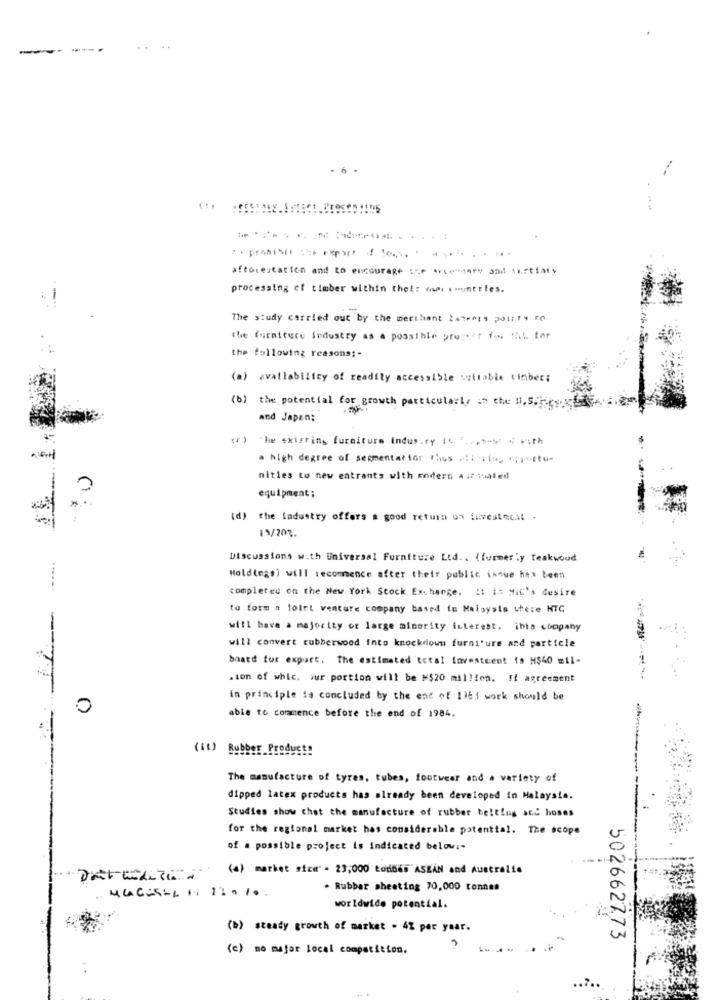
-- ---
. .
..
- 6 -
aftocestation and to encourage :e Artestary and tertiary
processing of timber within the !: www .isnerles.
The study carried out by the merchant 2atress poit.ty ro
the furniture Industry as a possible preget fis Mit. for
the following reasons :-
(a) availability of readily accessible suitable tinber;
(b) the potential for growth particularly in the u.S.
and Japen;
(r) The existing furniture Industry is ,coton with
a high degree of segmentation thus !! Ti ciposto-
nities to new entrants with modern ait coated
equipment ;
(d) the ladustry offers a good return on investecal .
15/20%.
Discussions with Universal Furniture Ltd .. (formerly teakwood
Holdings) will recommence after their public inque has been
completed on the New York Stock Exchange. It is MiC's desire
to form a loiri venture company based to Maisyais where NTC
will have a majority of large minority interest, ihis company
2 471
will convert rubberwood Into knockdown furniture and particle
board for export. The estimated total investment fa H$40 mil-
.son of which our portion will be M$20 million. It agreement
in principle is concluded by the end of 13et work should be
0
able to commence before the end of 1984,
Product
The manufacture of tyres, tubes, footwear and a variety of
dipped latex products has already been developed in Malaysia.
Studies show that the manufacture of rubber belling and hoses
for the regional market has considerable potential. The scope
of a possible project is indicated below :-
(4) market size" = 23,000 tombes ASEAN and Australie
MUCKSLL + 12010.
. Rubber sheeting 70,000 tonnen
worldwide potential.
(b) steady growth of market - 4% per year.
502662773
(c) no major local competition.
..?..